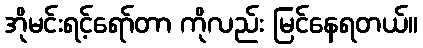
အိုမင်းရင့်ရော်တာ ကိုလည်း မြင်နေရတယ်။